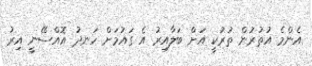
އެންމެ އުތުރުން ތުރުކީ އަށް ބަލާއިރު އެ ގައުމަށް ހަނދު އޮއްސޭނީ އިރު